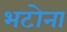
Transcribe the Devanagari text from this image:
भटोना